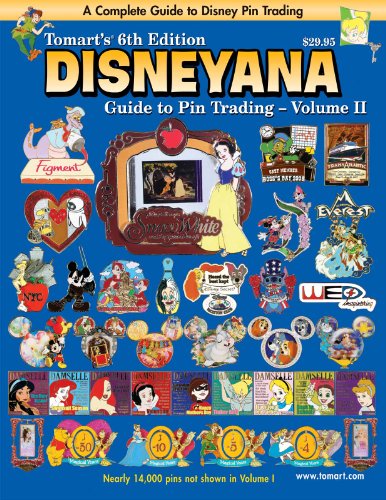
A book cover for Tomart's 6th Edition DISNEYANA Guide to Pin Trading Volume II; Thomas Tumbusch; Humor & Entertainment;